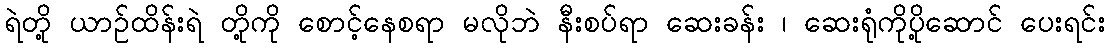
ရဲတို့ ယာဉ်ထိန်းရဲ တို့ကို စောင့်နေစရာ မလိုဘဲ နီးစပ်ရာ ဆေးခန်း ၊ ဆေးရုံကိုပို့ဆောင် ပေးရင်း